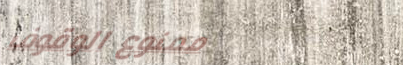
ممنوع الوقوف